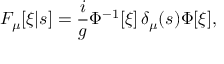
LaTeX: F _ { \mu } [ \xi | s ] = \frac { i } { g } \Phi ^ { - 1 } [ \xi ] \, \delta _ { \mu } ( s ) \Phi [ \xi ] ,